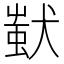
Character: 𤠷